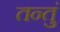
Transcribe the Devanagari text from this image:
तन्तुं